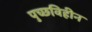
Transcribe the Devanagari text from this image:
पुच्छविहीन